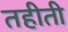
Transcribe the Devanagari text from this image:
तहीती